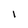
Character: 1